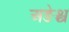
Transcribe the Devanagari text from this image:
अङेश्च